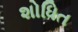
શોધિત